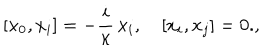
[ x _ { 0 } , x _ { i } ] = - \frac { i } { \kappa } \, x _ { i } , \quad [ x _ { i } , x _ { j } ] = 0 . ,